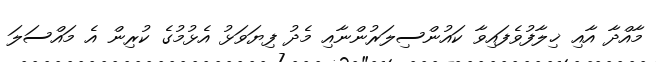
މާއްދާ އާއި ޚިލާފުވެފައިވާ ކައުންސިލަރުންނާއި މެދު ފިޔަވަޅު އެޅުމުގެ ކުރިން އެ މައްސަލަ